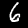
Digit: 6